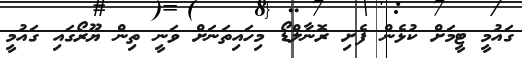
ގައުމީ ޓީމަށް ކުޅެން ފެށި ރޮނާލްޑޯ މިހައިތަނަށް ވަނީ ތިން ޔޫރޯގައި ގައުމީ